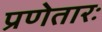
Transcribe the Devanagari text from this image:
प्रणेतारः